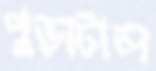
পুড়াটাল